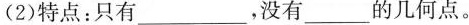
(2)特点：只有_____，没有____的几何点。